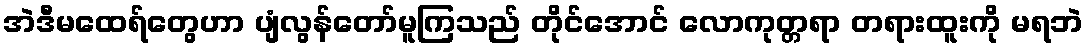
အဲဒီမထေရ်တွေဟာ ပျံလွန်တော်မူကြသည် တိုင်အောင် လောကုတ္တရာ တရားထူးကို မရဘဲ